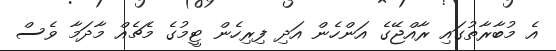
އެ މުބާރާތުގައި ރާއްޖޭގެ އަންހެން އަދި ފިރިހެން ޓީމުގެ މެޗެއް މާދަމާ ވެސް